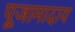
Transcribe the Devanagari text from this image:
पूजामादाय